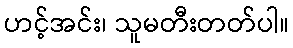
ဟင့်အင်း၊ သူမတီးတတ်ပါ။